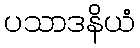
ပသာဒနိယံ